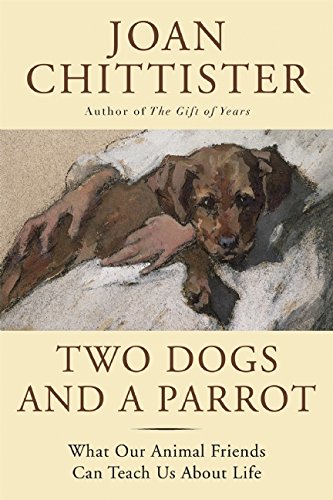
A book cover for Two Dogs and a Parrot: What Our Animal Friends Can Teach Us About Life; Joan Chittister; Crafts, Hobbies & Home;